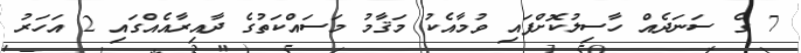
7 ގެ ސަނަދެއް ހާސިލުކޮށްފައި ވުމާއެކު މަޤާމު މަސައްކަތުގެ ދާއިރާއެއްގައި 2 އަހަރު